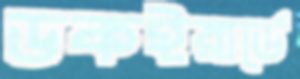
ডকইয়ার্ডে